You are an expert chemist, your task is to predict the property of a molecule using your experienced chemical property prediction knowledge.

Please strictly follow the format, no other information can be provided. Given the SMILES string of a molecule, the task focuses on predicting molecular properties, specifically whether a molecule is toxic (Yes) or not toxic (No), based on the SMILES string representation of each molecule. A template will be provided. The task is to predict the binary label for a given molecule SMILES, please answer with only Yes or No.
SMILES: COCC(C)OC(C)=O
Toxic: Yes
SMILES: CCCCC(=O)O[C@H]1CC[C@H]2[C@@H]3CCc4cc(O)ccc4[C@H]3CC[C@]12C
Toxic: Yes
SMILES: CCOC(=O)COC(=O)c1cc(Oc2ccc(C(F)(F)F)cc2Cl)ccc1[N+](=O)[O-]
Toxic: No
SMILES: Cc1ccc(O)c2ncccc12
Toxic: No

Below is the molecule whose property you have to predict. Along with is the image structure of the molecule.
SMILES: CCn1cc[n+](C)c1C.O=S(=O)([N-]S(=O)(=O)C(F)(F)F)C(F)(F)F
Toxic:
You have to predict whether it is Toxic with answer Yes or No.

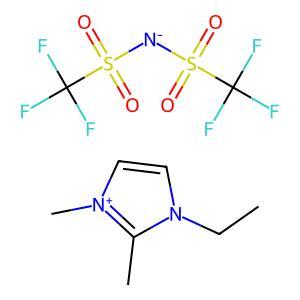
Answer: No